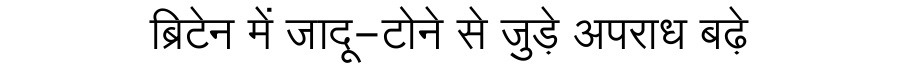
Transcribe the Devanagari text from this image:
ब्रिटेन में जादू-टोने से जुड़े अपराध बढ़े